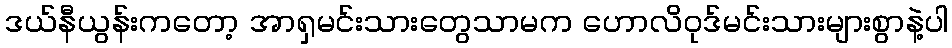
ဒယ်နီယွန်းကတော့ အာရှမင်းသားတွေသာမက ဟောလိဝုဒ်မင်းသားများစွာနဲ့ပါ